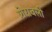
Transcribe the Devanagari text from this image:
शेरावली